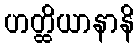
ဟတ္ထိယာနာနိ